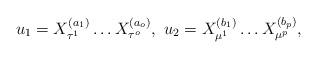
LaTeX: \begin{align*}u_1=X_{\tau^1}^{(a_1)} \dots X_{\tau^{o}}^{(a_o)},\ u_2=X_{\mu^1}^{(b_1)} \dots X_{\mu^{p}}^{(b_p)},\end{align*}